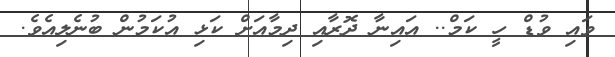
ވައި ވުޑް ހީ ކަމް.. އައިނާ ދޮރާއި ދިމާއަށް ކަޅި އުކަމުން ބުނެލިއެވެ.